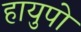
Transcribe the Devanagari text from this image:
हायुपो